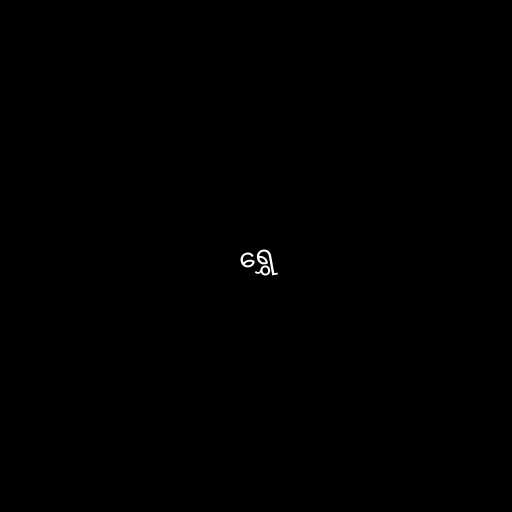
ရွှေ